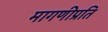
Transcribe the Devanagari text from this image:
मागणीप्रति